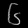
Digit: ၆